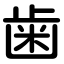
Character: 歯